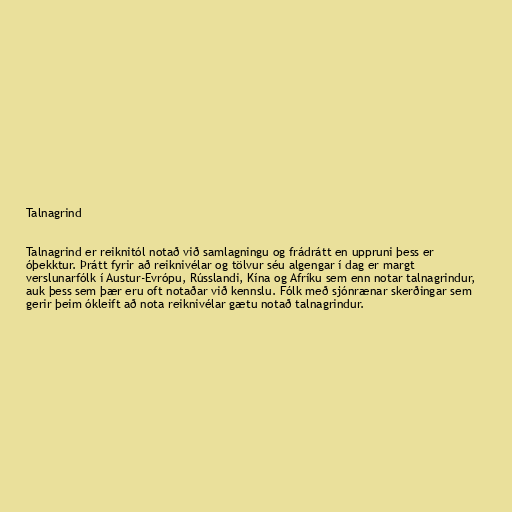
Talnagrind

Talnagrind er reiknitól notað við samlagningu og frádrátt en uppruni þess er
óþekktur. Þrátt fyrir að reiknivélar og tölvur séu algengar í dag er margt
verslunarfólk í Austur-Evrópu, Rússlandi, Kína og Afríku sem enn notar talnagrindur,
auk þess sem þær eru oft notaðar við kennslu. Fólk með sjónrænar skerðingar sem
gerir þeim ókleift að nota reiknivélar gætu notað talnagrindur.